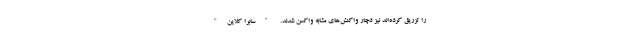
را تزریق کرده‌اند نیز دچار واکنش‌های مشابه واکسن شدند. "سابرا کلاین"